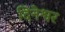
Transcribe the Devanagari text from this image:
दिनेश्वर